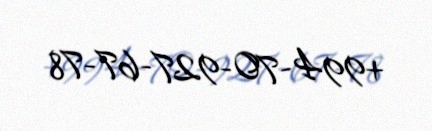
+994-70-927-67-78